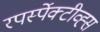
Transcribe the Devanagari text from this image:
रपर्स्पेक्टीव्ह्स